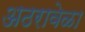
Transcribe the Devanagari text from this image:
अठरावेळा